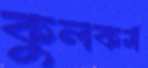
কুলকর্ম